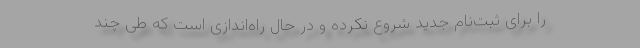
را برای ثبت‌نام جدید شروع نکرده و در حال راه‌اندازی است که طی چند